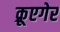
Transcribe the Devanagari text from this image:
क्रूएगेर